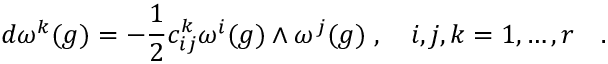
d \omega ^ { k } ( g ) = - \frac { 1 } { 2 } c _ { i j } ^ { k } \omega ^ { i } ( g ) \wedge \omega ^ { j } ( g ) \; , \quad i , j , k = 1 , \ldots , r \quad .